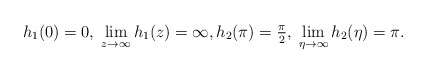
\begin{align*} h_1 (0) = 0,\; \lim_{z \to \infty} h_1 (z) = \infty, h_2 (\pi) = \tfrac{\pi}{2}, \; \lim_{\eta \to \infty} h_2(\eta) = \pi. \end{align*}